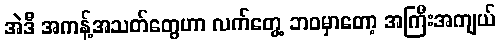
အဲဒီ အကန့်အသတ်တွေဟာ လက်တွေ့ ဘဝမှာတော့ အကြီးအကျယ်